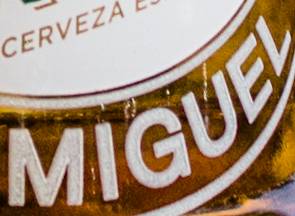
MIGUEL